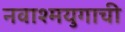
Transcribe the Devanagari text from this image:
नवाश्मयुगाची